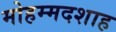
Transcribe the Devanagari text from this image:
मोहम्मदशाह